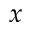
x